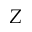
Z